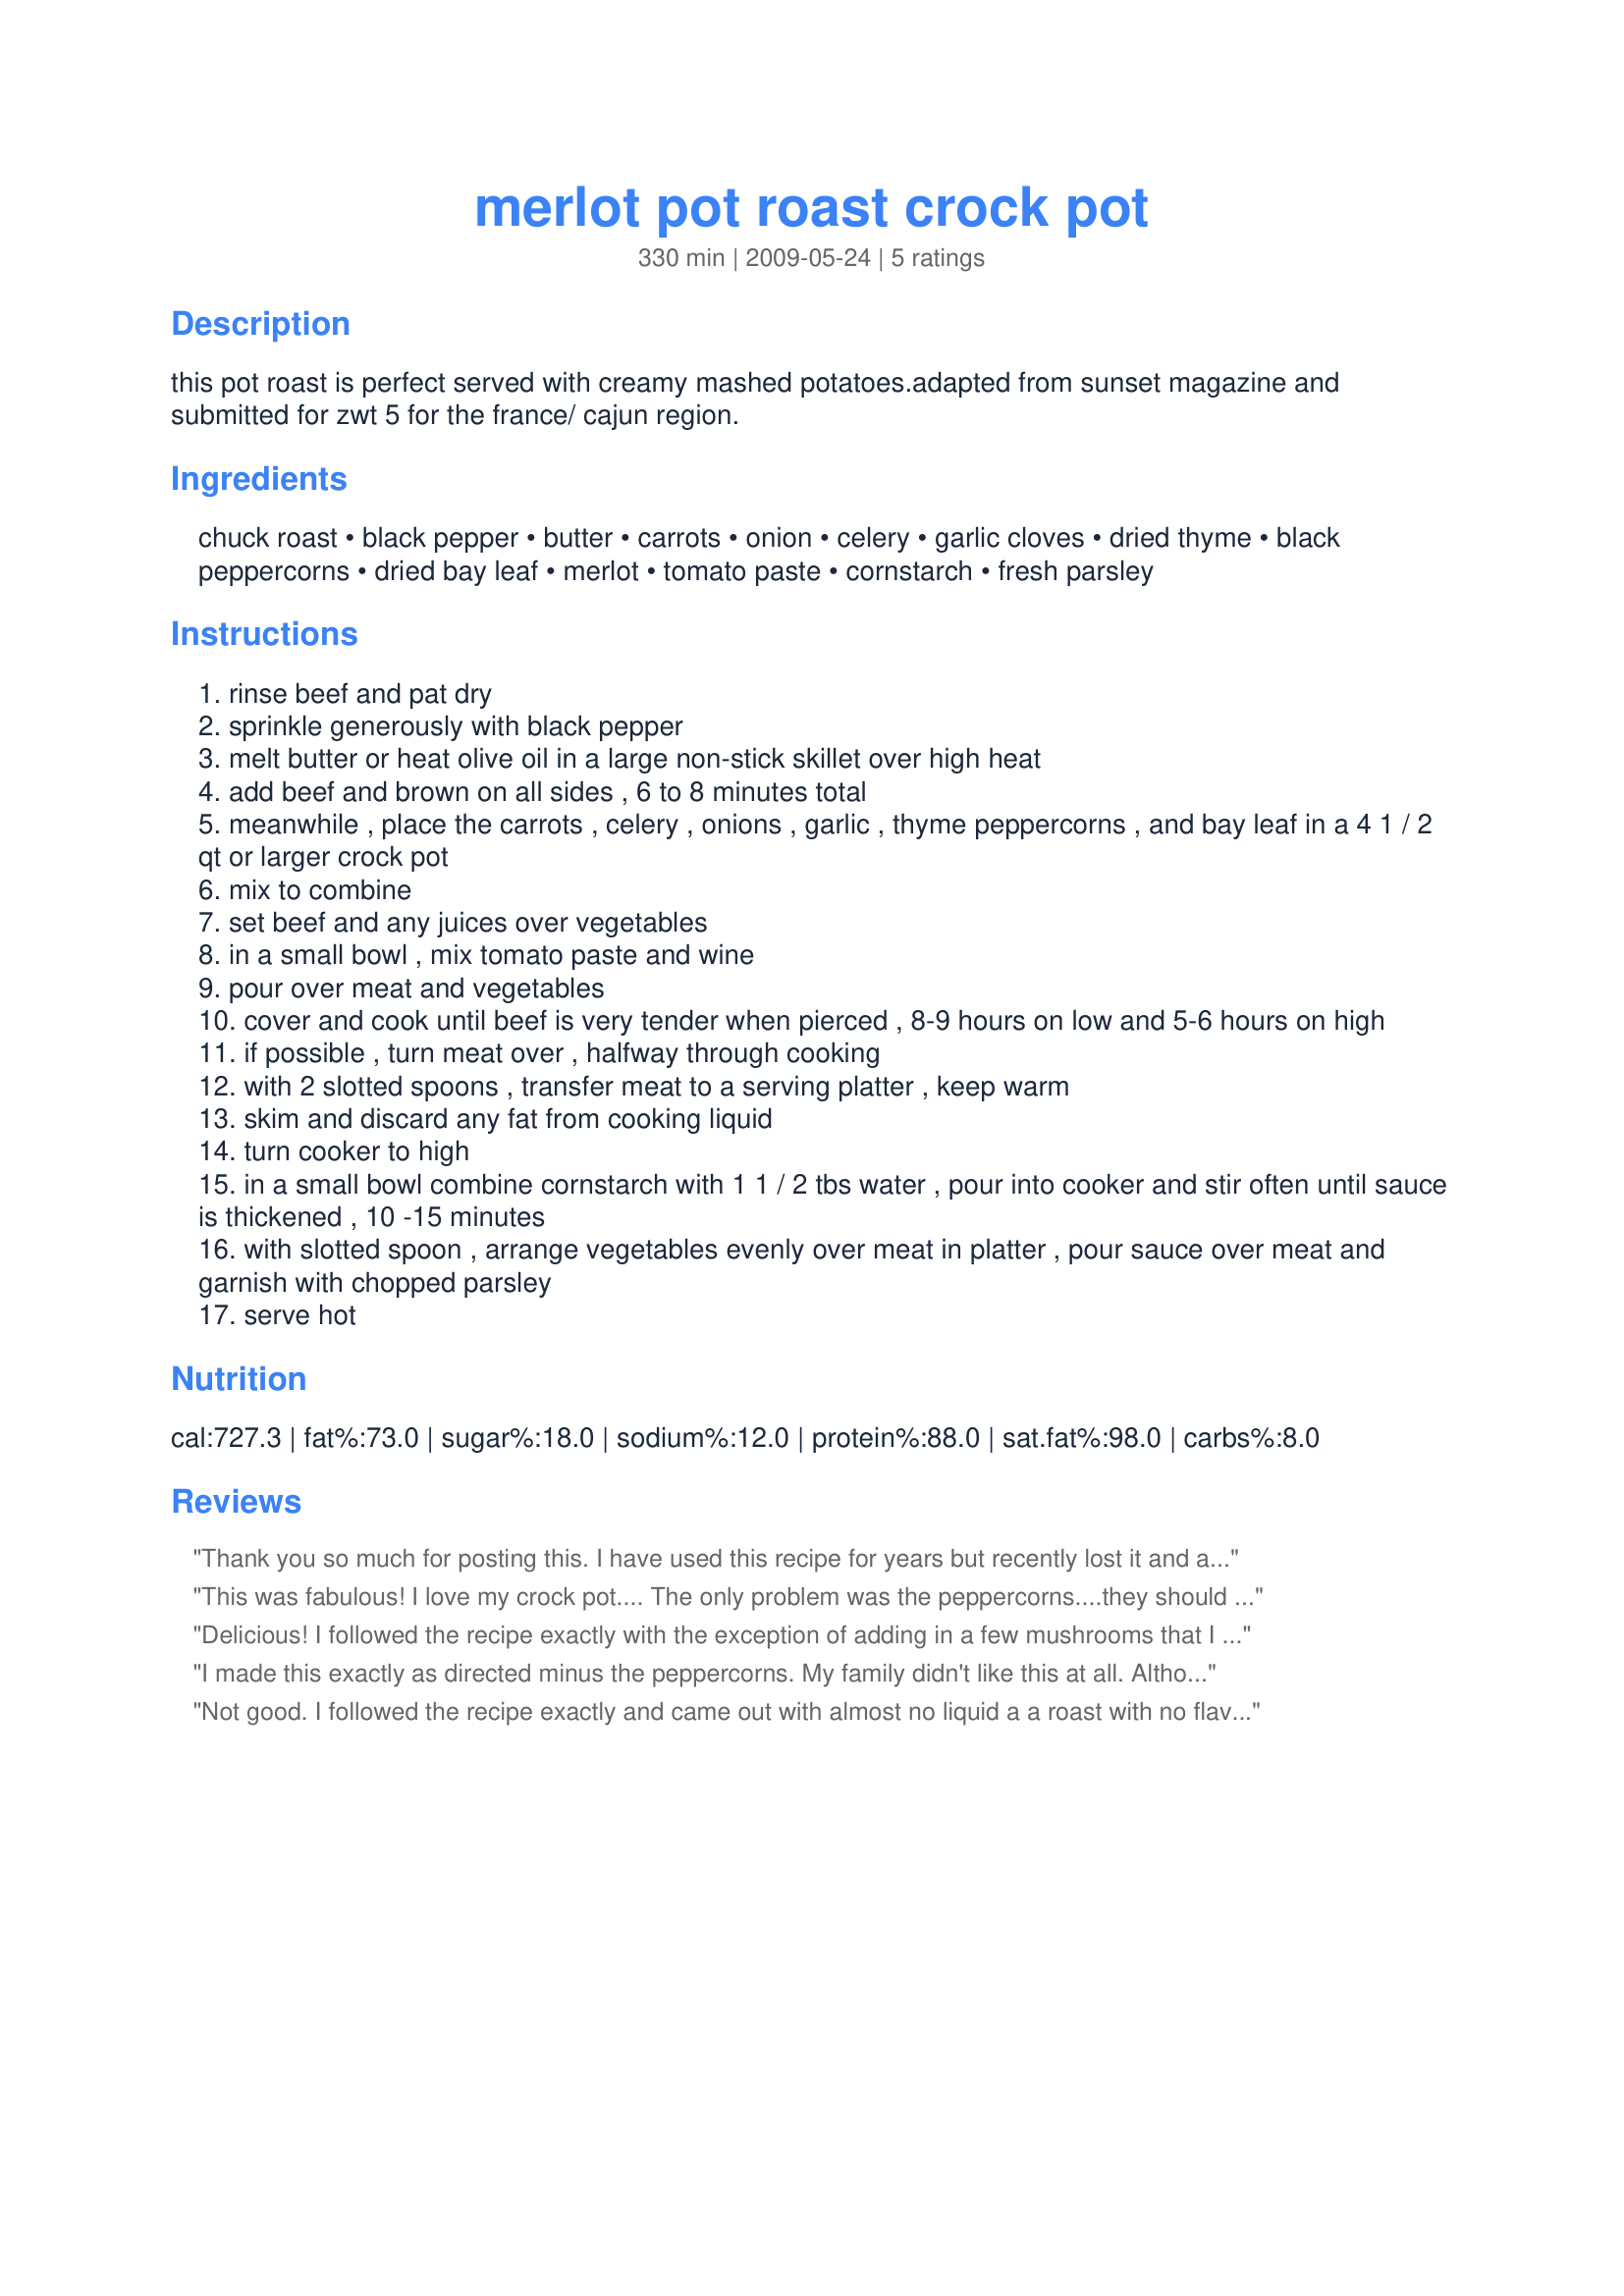
merlot pot roast crock pot
Preparation time: 330 minutes

this pot roast is perfect served with creamy mashed potatoes.adapted from sunset magazine and submitted for zwt 5 for the france/ cajun region.

Ingredients:
chuck roast, black pepper, butter, carrots, onion, celery, garlic cloves, dried thyme, black peppercorns, dried bay leaf, merlot, tomato paste, cornstarch, fresh parsley

Steps:
rinse beef and pat dry
sprinkle generously with black pepper
melt butter or heat olive oil in a large non-stick skillet over high heat
add beef and brown on all sides , 6 to 8 minutes total
meanwhile , place the carrots , celery , onions , garlic , thyme peppercorns , and bay leaf in a 4 1 / 2 qt or larger crock pot
mix to combine
set beef and any juices over vegetables
in a small bowl , mix tomato paste and wine
pour over meat and vegetables
cover and cook until beef is very tender when pierced , 8-9 hours on low and 5-6 hours on high
if possible , turn meat over , halfway through cooking
with 2 slotted spoons , transfer meat to a serving platter , keep warm
skim and discard any fat from cooking liquid
turn cooker to high
in a small bowl combine cornstarch with 1 1 / 2 tbs water , pour into cooker and stir often until sauce is thickened , 10 -15 minutes
with slotted spoon , arrange vegetables evenly over meat in platter , pour sauce over meat and garnish with chopped parsley
serve hot

Reviews:
Thank you so much for posting this. I have used this recipe for years but recently lost it and am so grateful to find it here!!! (I don't recall the peppercorns in the original recipe so I haven't made it with them) This is always mouth-watering. I found that a shoulder roast is best. And I recommend always cooking it on low and making it a day in advance - the second day it is always more tender and delicious. I always get rave reviews and clean plates when I make this pot roast....
This was fabulous! I love my crock pot....

The only problem was the peppercorns....they should be crushed up some or left out as eating peppercorns is almost as bad as trying to pick them out. :<

Made for ZWT5!
Delicious! I followed the recipe exactly with the exception of adding in a few mushrooms that I needed to use up. The roast and veggies had a nice flavor that we really enjoyed. Made for the Dining Daredevils ZWT 5
I made this exactly as directed minus the peppercorns. My family didn't like this at all. Although it produced a very tender roast, the roast itself had no flavor at all. And, the flavor of the sauce was overbearing with the taste of tomato. Sorry - I really wanted to like it!
Not good. I followed the recipe exactly and came out with almost no liquid a a roast with no flavor. it was shredded and my sons put their favorite BBQ sauce on it so all was not lost.
